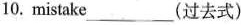
10. mistake___(过去式)